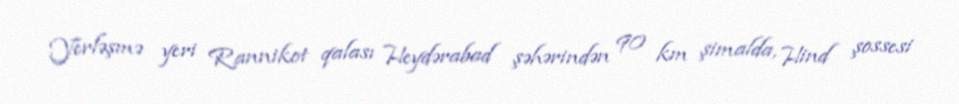
Yerləşmə yeri Rannikot qalası Heydərabad şəhərindən 90 km şimalda, Hind şossesi